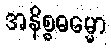
အနိစ္စဓမ္မော